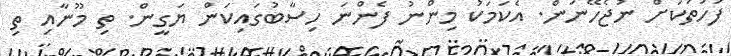
ފަހަތަކަށް ނުޖެހޭނަން. އެކަމަކު މިންނު ފެންނަ ހިސާބުގައިކަން ޔަގީން. ތި މޫނާއި ތި